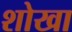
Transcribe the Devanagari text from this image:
शोखा